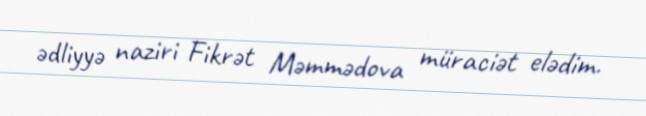
ədliyyə naziri Fikrət Məmmədova müraciət elədim.